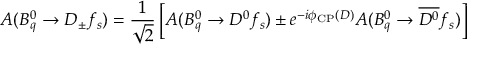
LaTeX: A ( B _ { q } ^ { 0 } \to D _ { \pm } f _ { s } ) = \frac { 1 } { \sqrt { 2 } } \left[ A ( B _ { q } ^ { 0 } \to D ^ { 0 } f _ { s } ) \pm e ^ { - i \phi _ { \mathrm { C P } } ( D ) } A ( B _ { q } ^ { 0 } \to \overline { { { D ^ { 0 } } } } f _ { s } ) \right]